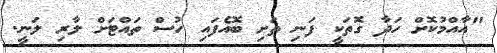
"އާއްމުކޮށް ހަދާ ގޮތަކީ ފަނި ތަށި ބޮއެފައި ހުސް ތައްޓަށް ލާރި ލަނީ.